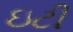
ઇટી